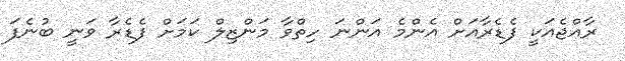
ރާއްޖެއަކީ ފެޑެރާއަށް އެންމެ އަންނަ ހިތްވާ މަންޒިލް ކަމަށް ފެޑެރާ ވަނީ ބުނެފަ